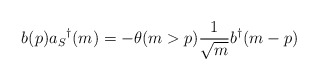
\begin{align*}b(p)a_S{}^{\dag}(m) = -\theta(m>p) \frac {1}{\sqrt{m}} b^{\dag}(m-p)\end{align*}